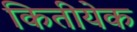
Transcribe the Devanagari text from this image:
कितीयेक